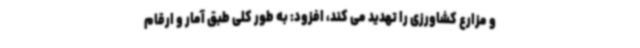
و مزارع کشاورزی را تهدید می کند، افزود: به طور کلی طبق آمار و ارقام